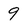
Character: 9